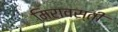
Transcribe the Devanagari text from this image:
मिरावस्ती